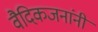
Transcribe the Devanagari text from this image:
वैदिकजनांनी